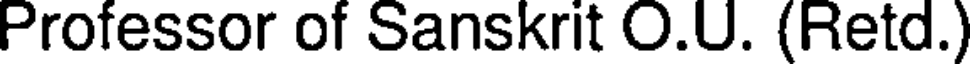
Professor of Sanskrit O.U. (Retd.)